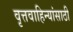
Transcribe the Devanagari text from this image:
वृत्तवाहिन्यांसाठी